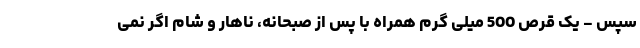
سپس - یک قرص 500 میلی گرم همراه با پس از صبحانه، ناهار و شام اگر نمی